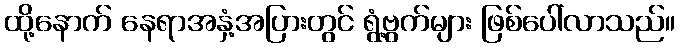
ထို့နောက် နေရာအနှံ့အပြားတွင် ရွံ့ဗွက်များ ဖြစ်ပေါ်လာသည်။